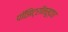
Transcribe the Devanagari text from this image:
पॉझिट्रॉनसुद्धा